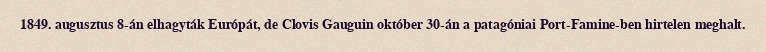
1849. augusztus 8-án elhagyták Európát, de Clovis Gauguin október 30-án a patagóniai Port-Famine-ben hirtelen meghalt.